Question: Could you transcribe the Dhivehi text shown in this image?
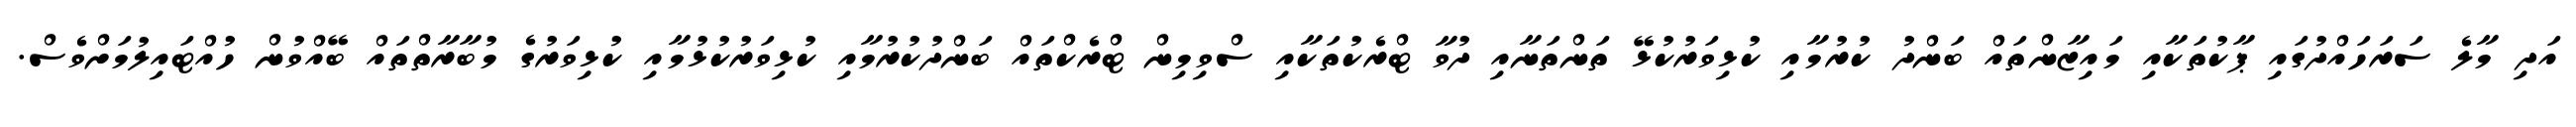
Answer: އަދި މާލެ ސަރަހައްދުގައި ޕާކުތަކާއި މައިޒާންތައް ބަންދު ކުރުމާއި ކުޅިވަރުކުޅޭ ތަންތަނާއި ދުވާ ޓްރެކުތަކާއި ސްވިމިން ޓްރެކްތައް ބަންދުކުރުމާއި ކުޅިވަރުކުޅުމާއި ކުޅިވަރުގެ މުބާރާތްތައް ބޭއްވުން ހުއްޓައިލުމަށްވެސް.